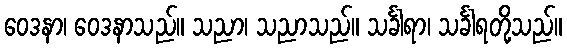
ဝေဒနာ၊ ဝေဒနာသည်။ သညာ၊ သညာသည်။ သင်္ခါရာ၊ သင်္ခါရတို့သည်။